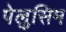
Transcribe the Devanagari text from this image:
पेलुसिम